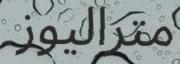
متراليوز